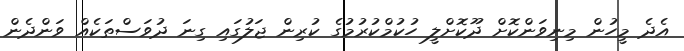
އެދެ މީހުން މިނިވަންކޮށް ދޫކޮށްލީ ހުކުމްކުރުމުގެ ކުރިން ޖަލުގައި ގިނަ ދުވަސްތަކެއް ވަންދެން